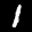
Label: 1